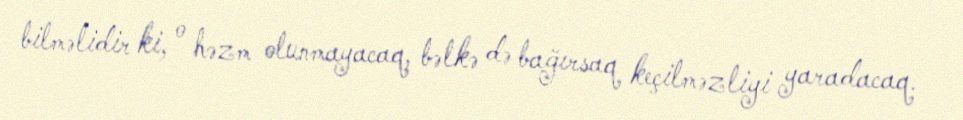
bilməlidir ki, o həzm olunmayacaq, bəlkə də bağırsaq keçilməzliyi yaradacaq.